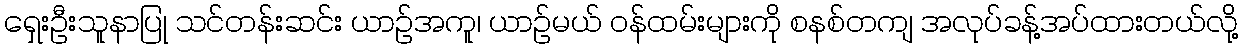
ရှေးဦးသူနာပြု သင်တန်းဆင်း ယာဉ်အကူ၊ ယာဉ်မယ် ဝန်ထမ်းများကို စနစ်တကျ အလုပ်ခန့်အပ်ထားတယ်လို့